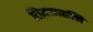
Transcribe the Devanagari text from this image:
सिद्धवनहल्लि